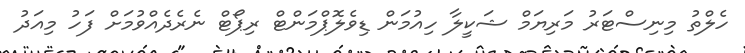
ހެލްތު މިނިސްޓަރު މަރިޔަމް ޝަކީލާ ހިއުމަން ޑިވެލޮޕްމަންޓް ރިޕޯޓް ނެރެދެއްވުމަށް ފަހު މިއަދު